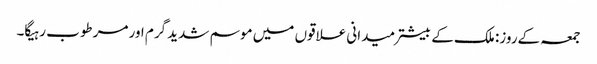
جمعہ کےروز: ملک کے بیشتر میدانی علاقوں میں موسم شدید گرم اور مرطوب رہیگا۔